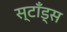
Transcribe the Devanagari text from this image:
स्टाँड्स